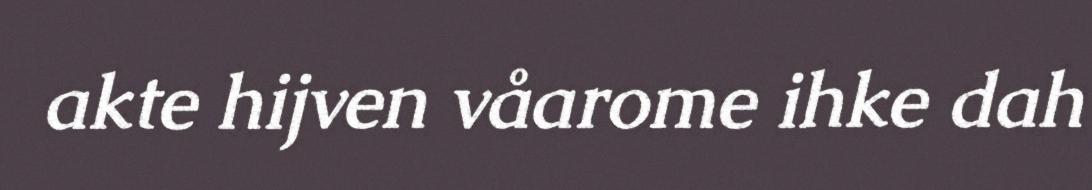
akte hijven våarome ihke dah